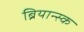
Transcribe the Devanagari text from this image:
ब्रियान्स्क